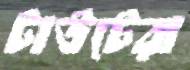
টাউটেরা